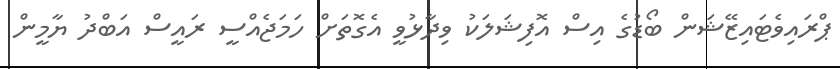
ޕްރައިވެޓައިޒޭޝަން ބޯޑުގެ އިސް އޮފިޝަލަކު ވިދާޅުވީ އެގޮތަށް ހަމަޖެއްސީ ރައީސް އަބްދު ޔާމީން